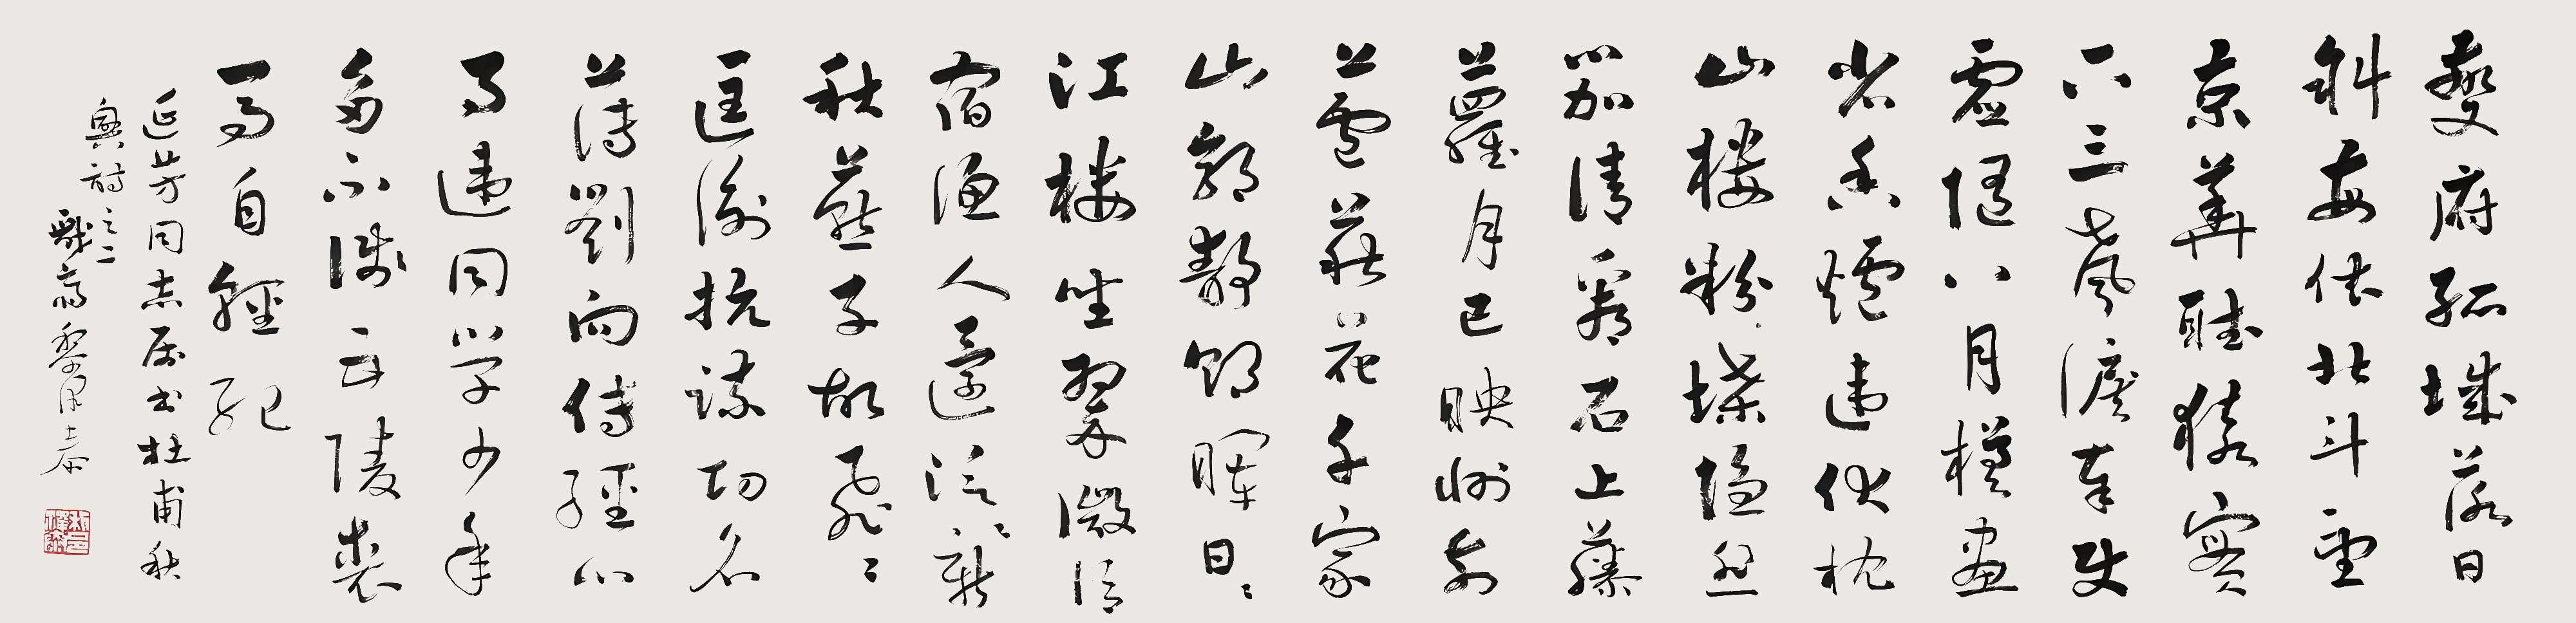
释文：夔府孤城落日斜，每依北斗望京华。听猿实下三声泪，奉使虚随八月槎。画省香炉违伏枕，山楼粉堞隐悲笳。请看石上藤萝月，已映洲前芦荻花。千家山郭静朝晖，日日江楼坐翠微。信宿渔人还泛泛，清秋燕子故飞飞。匡衡抗疏功名薄，刘向传经心事违。同学少年多不贱，五陵衣马自轻肥。延芳同志属书。杜甫秋兴诗之二，戏写，黎泽泰。